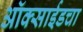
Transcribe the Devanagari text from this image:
ऑक्साईडचा